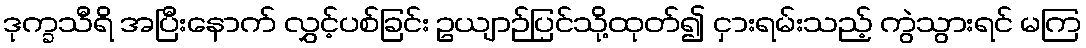
ဒုက္ခသီရိ အပြီးနောက် လွှင့်ပစ်ခြင်း ဥယျာဉ်ပြင်သို့ထုတ်၍ ငှားရမ်းသည့် ကွဲသွားရင် မကြ